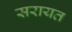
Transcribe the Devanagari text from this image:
सरायत